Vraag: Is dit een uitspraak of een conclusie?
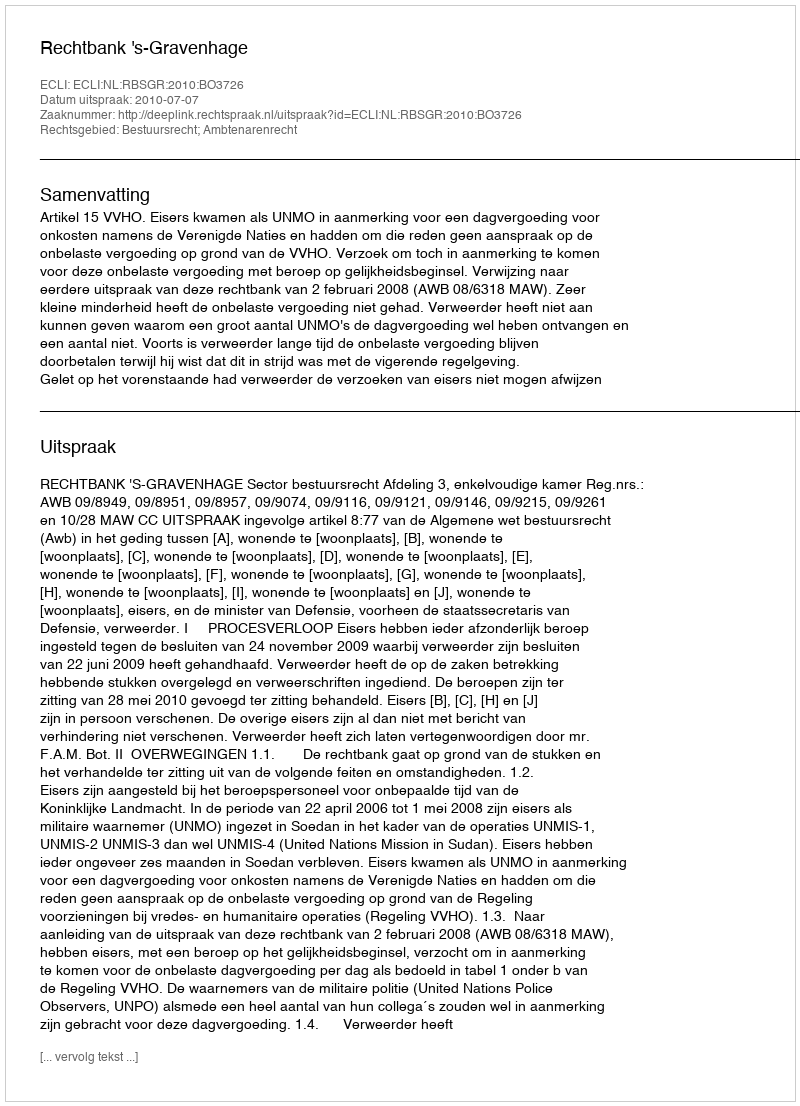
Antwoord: Uitspraak